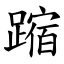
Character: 蹜